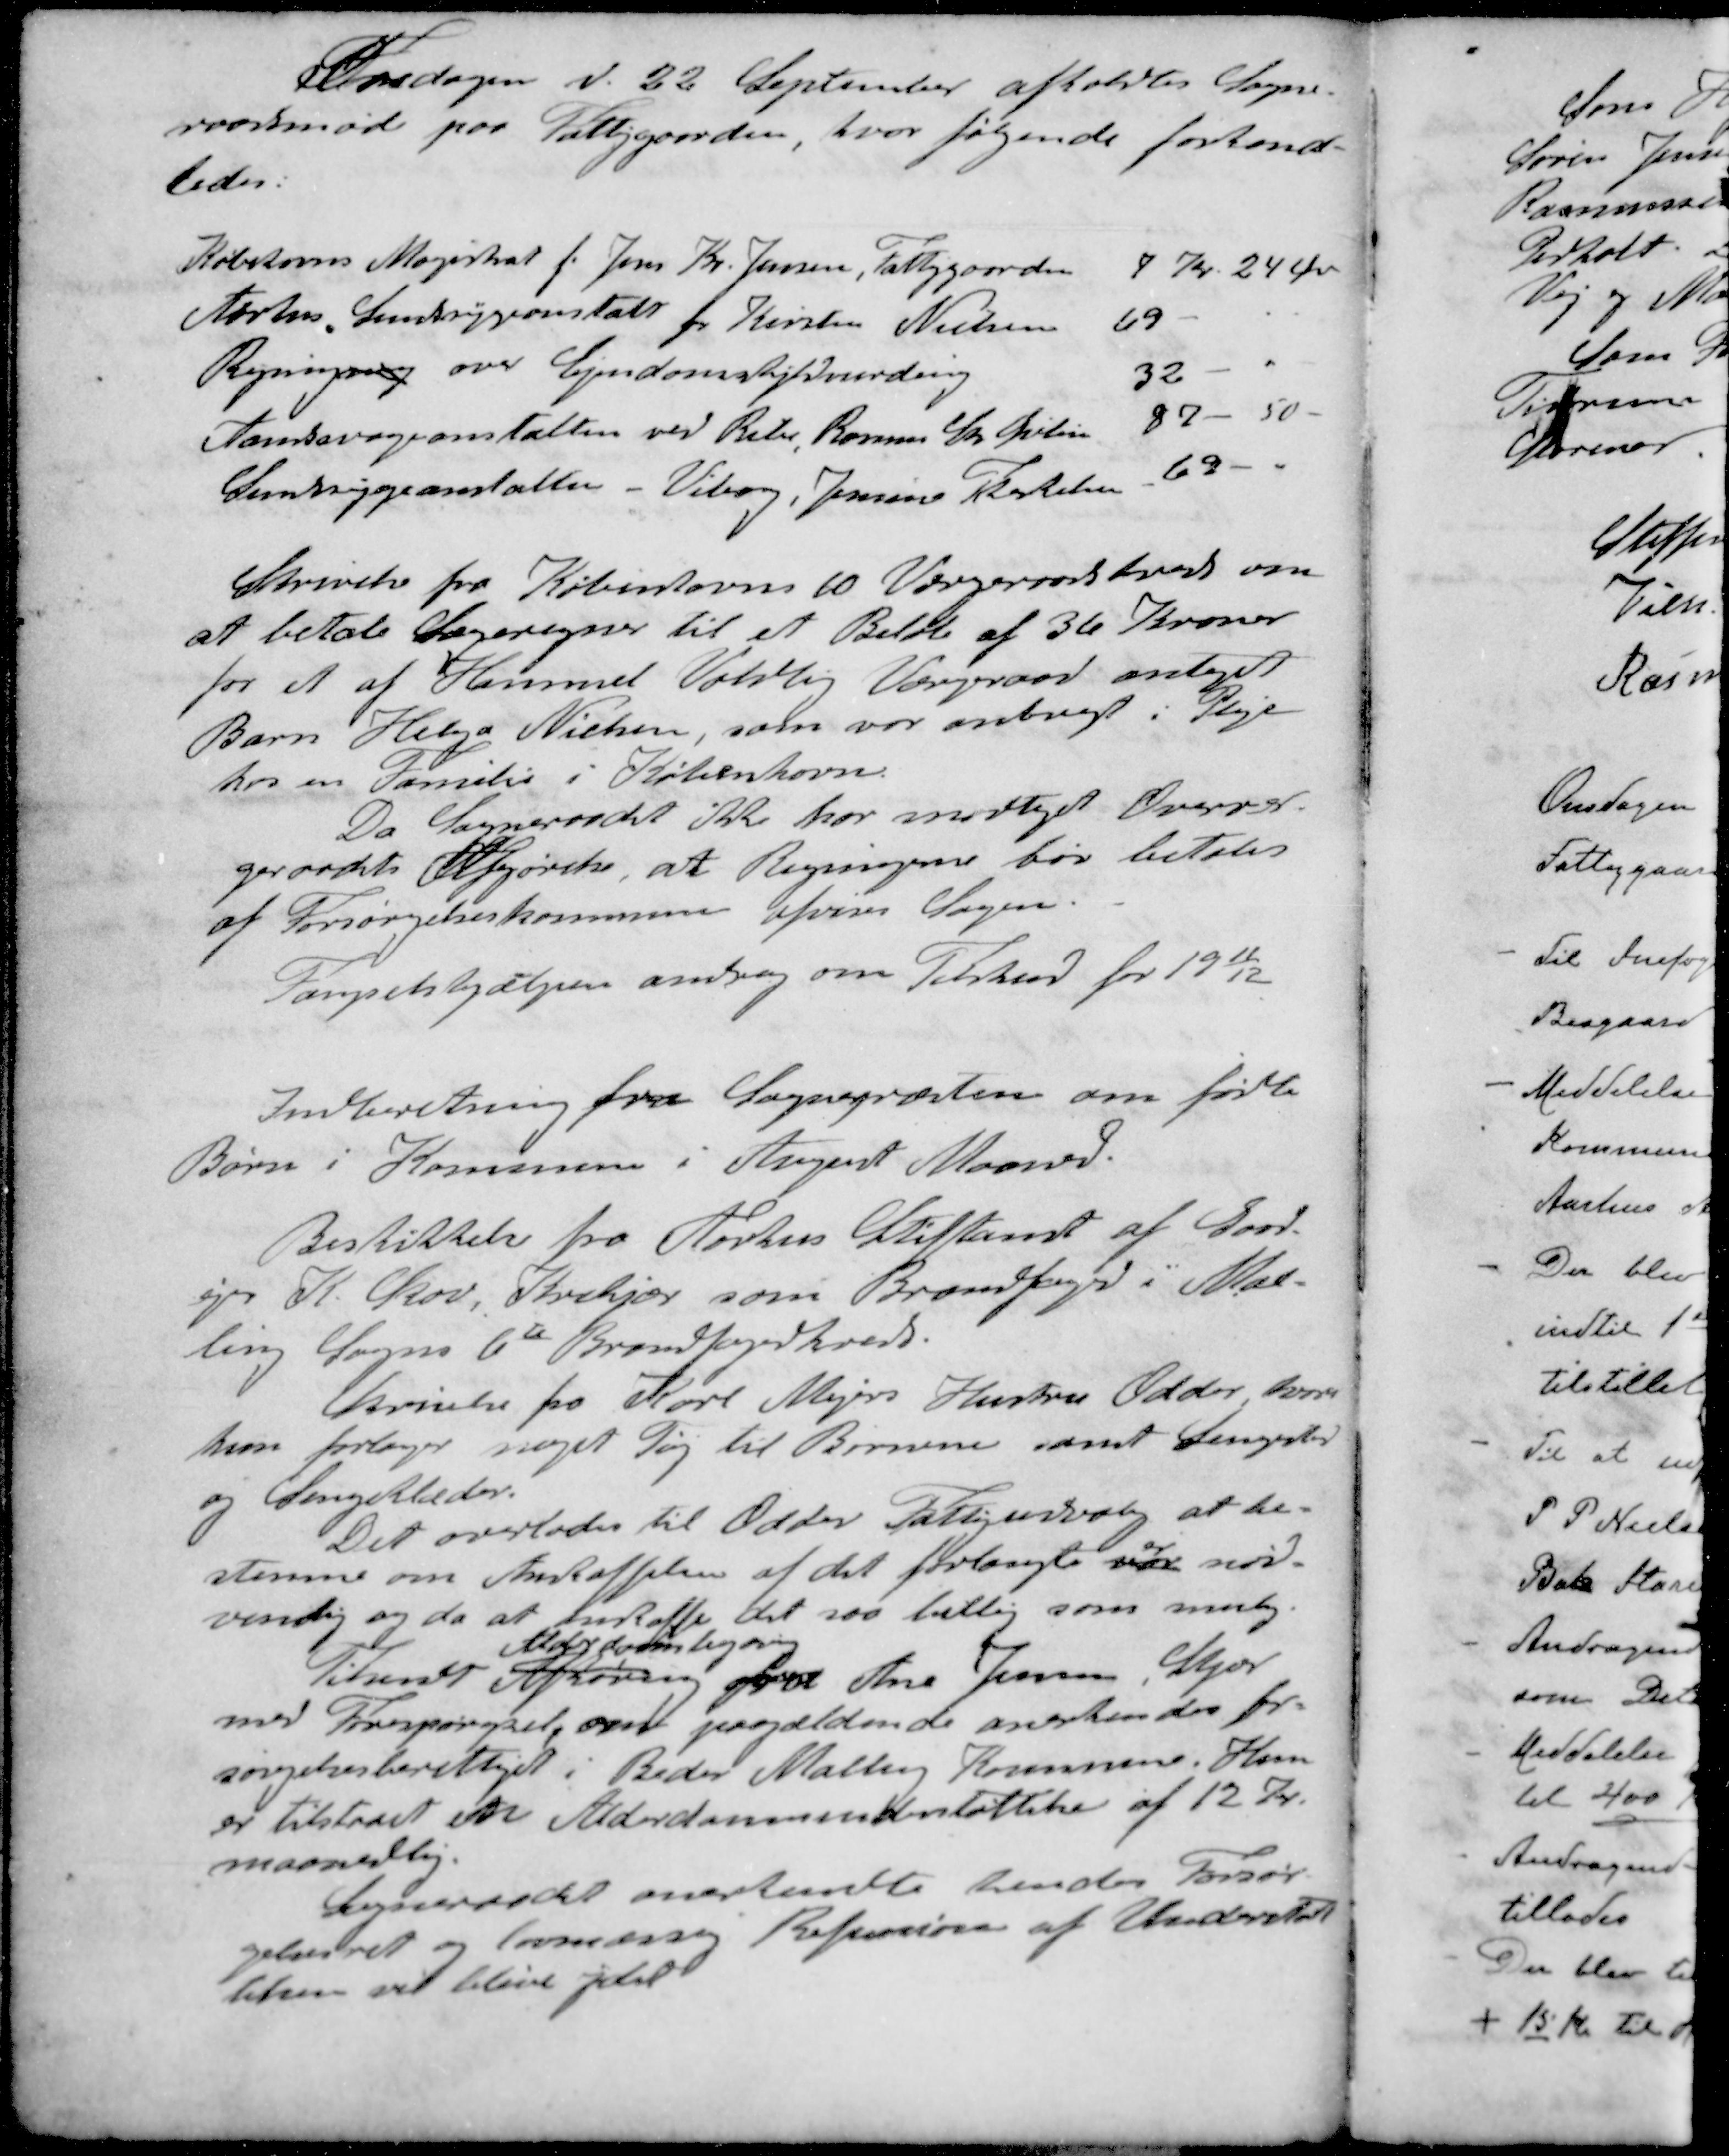
Transskription:
Torsdagen d. 22 September afholdtes Sogne-
raadsmøde paa Fattiggaarden, hvor følgende forhand-
ledes
Købehavns Magistrat f. Jens Kr. Jensen, Fattiggaarden
7 Kr. 24 Øre
Aarhus Sindssygeanstalt for Kirsten Nielsen
69
Regningsag over Ejendomskyldvurdering
32
Aandssvageanstalten ved Ribe, Rasmus Chr. Øvlisen
87 - 50 -
Sindsygeanstalten - Viborg, Jensine Therkelsen
69 -
Skrivelse fra Københavns 10 Værgeraadskreds om
at betale Sagsregner til et Beløb af 36 Kroner
for et af Hammel Voldby Værgeraad antaget
Barn Helga Nielsen, som var anbragt i Pleje
hos en Familie i København.
Da Sogneraadet ikke har modtaget Overvær-
geraadets Afgørelse, at Regningerne bør betales
af Forsørgelseskommune afvises Sagen.
Fængselshjælpen androg om Tilskud for 1911/12
Indberetning fra Sognepræsten om fødte
Børn i Kommune i August Maaned.
Beskikkelse fra Aarhus Stiftamt af Gaad
ejer K. Skov Krekjær som Brandfoged i Mal-
ling Sogns 6te Brandfogedkreds.
Skrivelse fra Karl Mejers Hustru Odder hvor
hun forlanger noget Tøj til Børnene samt Sengested
og Sengeklæder.
Det overlodes til Odder Fattigudvalg at be-
er
stemme om Anskaffelsen af det forlangte var nød-
vendig og da at anstaffe det saa billig som mulig.
Alderdomsbegæring
Tilsendt Afhøring for Ane Jensen Skjær
med Forespørgsel, om paagældende anerkendes for-
sørgelsesberettiget i Beder Malling Kommune. Hun
er tilstaaet en Alderdomsunderstøttelse af 12 Kr.
maanedlig.
Sogneraadet anerkendte hendes Forsør-
gelsesret og lovmæssig Refusion af Understøt-
telsen vil blive ydet